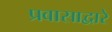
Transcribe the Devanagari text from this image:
प्रवासाद्वारे